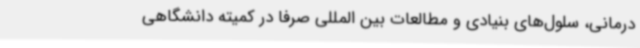
درمانی، سلول‌های بنیادی و مطالعات بین المللی صرفا در کمیته دانشگاهی